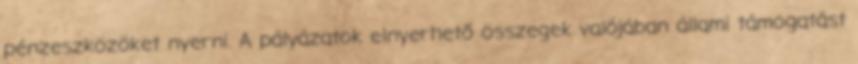
pénzeszközöket nyerni. A pályázatok elnyerhető összegek valójában állami támogatást